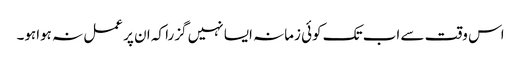
اس وقت سے اب تک کوئی زمانہ ایسا نہیں گزرا کہ ان پر عمل نہ ہواہو۔